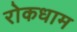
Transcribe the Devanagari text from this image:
रोकधाम